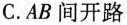
C.AB间开路